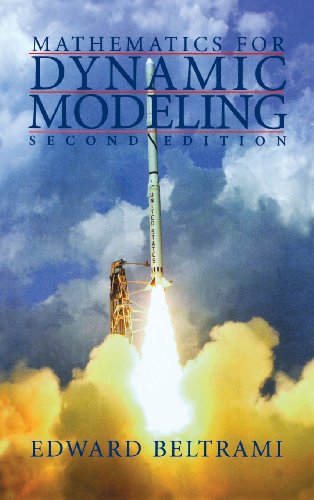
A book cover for Mathematics for Dynamic Modeling, Second Edition; Edward Beltrami; Science & Math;